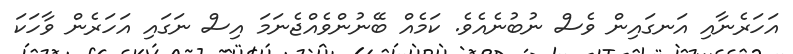
އަހަރެނާއި އަނގައިން ވެސް ނުބުނެއެވެ. ކަމެއް ބޭނުންވެއްޖެނަމަ އިސް ނަގައި އަހަރެން ވާހަކަ